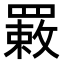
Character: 𦌉